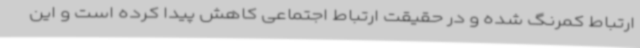
ارتباط کمرنگ شده و در حقیقت ارتباط اجتماعی کاهش پیدا کرده است و این